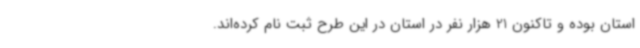
استان بوده و تاکنون 21 هزار نفر در استان در این طرح ثبت نام کرده‌اند.